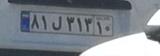
۸۱ل۳۱۳۱۰